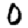
Digit: 0